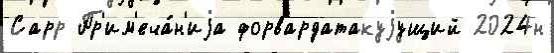
Сарр Пр'им'еча́н'иjа форвардатакуjущий 2024н